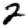
Digit: 2